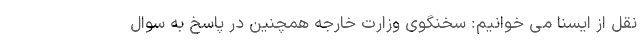
نقل از ایسنا می خوانیم: سخنگوی وزارت خارجه همچنین در پاسخ به سوال